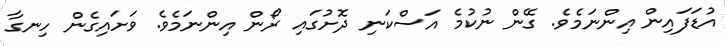
އުޑަފައިން އިންނަމެވެ. ގޭން ނުކުމެ އަސްކަނި ދޮށުގައި ރޯން އިންނަމެވެ. ވަށައިގެން ހިނގާ